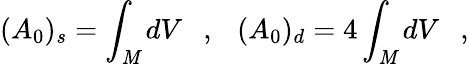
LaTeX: (A_{0})_{s}=\int_{\cal\mathit{M}}dV~~~,~~~(A_{0})_{d}=4\int_{\cal\mathit{M}}dV~~~,